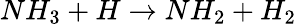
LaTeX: NH_{3}+H\rightarrow NH_{2}+H_{2}